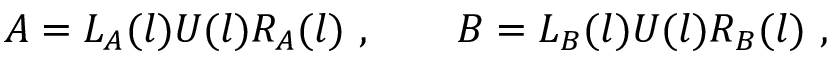
A = L _ { A } ( l ) U ( l ) R _ { A } ( l ) \ , \qquad B = L _ { B } ( l ) U ( l ) R _ { B } ( l ) \ ,